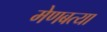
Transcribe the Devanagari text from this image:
मेणबत्या